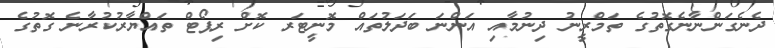
ދެނެގަންނާނެގޮތުގެ ތަމްރީނު ދިނުމާއި އަންނަ ބަދަލުތައް މޮނީޓަރ ކޮށް ރިޕޯޓް ތައްޔާރުކުރާނެ ގޮތުގެ